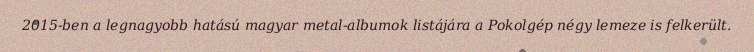
2015-ben a legnagyobb hatású magyar metal-albumok listájára a Pokolgép négy lemeze is felkerült.